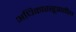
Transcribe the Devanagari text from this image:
अधिकारसूत्रातील